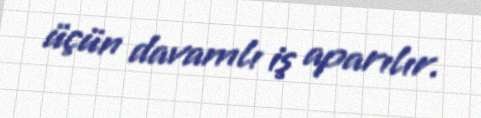
üçün davamlı iş aparılır.